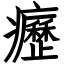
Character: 癧